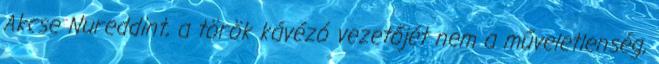
Akcse Nureddint, a török kávézó vezetőjét nem a műveletlenség,